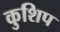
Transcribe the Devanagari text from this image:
कुशिप